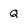
Character: Q